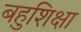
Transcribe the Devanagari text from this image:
बहुशिक्षा